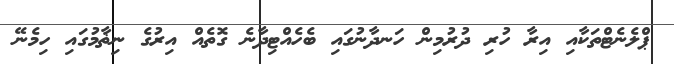
ޕްލެނެޓްތަކާއި އިރާ ހުރި ދުރުމިން ހަނދާނުގައި ބެހެއްޓިދާނެ ގޮތެއް އިރުގެ ނިޡާމުގައި ހިމެނޭ